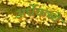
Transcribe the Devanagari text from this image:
अर्धेकच्चे